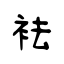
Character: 袪